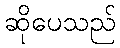
ဆိုပေသည်